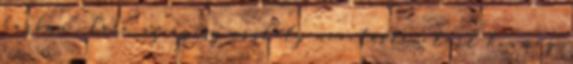
házban”. Erre az egész osztály nevetésben tört ki, még